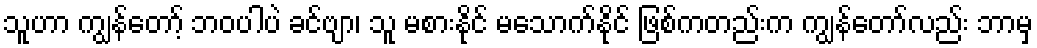
သူဟာ ကျွန်တော့် ဘဝပါပဲ ခင်ဗျာ၊ သူ မစားနိုင် မသောက်နိုင် ဖြစ်ကတည်းက ကျွန်တော်လည်း ဘာမှ